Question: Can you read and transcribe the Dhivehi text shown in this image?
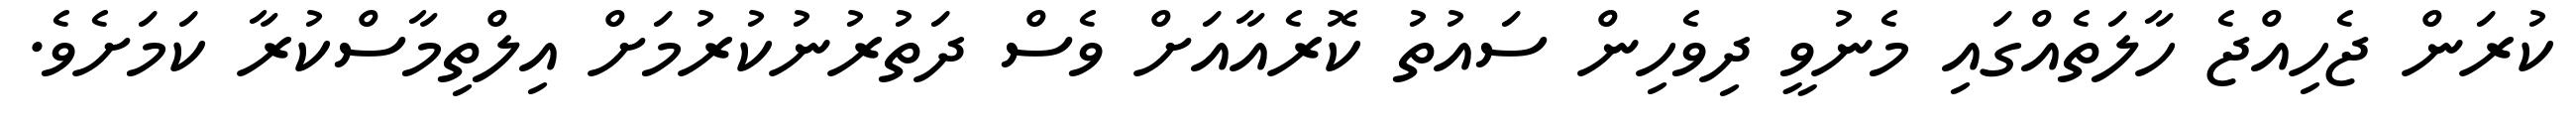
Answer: ކުރަން ޖެހިއްޖެ ހާލަތެއްގައި މެނުވީ ދިވެހިން ސައުތު ކޮރެއާއަށް ވެސް ދަތުރުނުކުރުމަށް އިލްތިމާސްކުރާ ކަމަށެވެ.